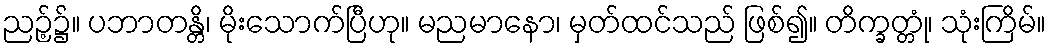
ညဉ့်၌။ ပဘာတန္တိ၊ မိုးသောက်ပြီဟု။ မညမာနော၊ မှတ်ထင်သည် ဖြစ်၍။ တိက္ခတ္တုံ၊ သုံးကြိမ်။